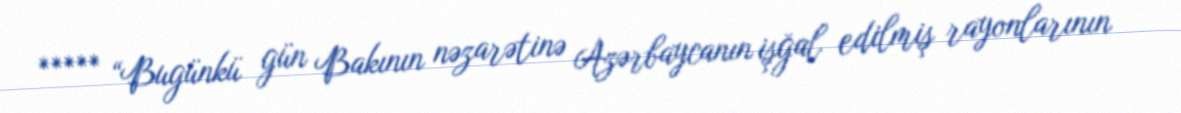
***** “Bugünkü gün Bakının nəzarətinə Azərbaycanın işğal edilmiş rayonlarının